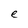
Character: e